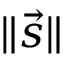
\| { \vec { s } } \|